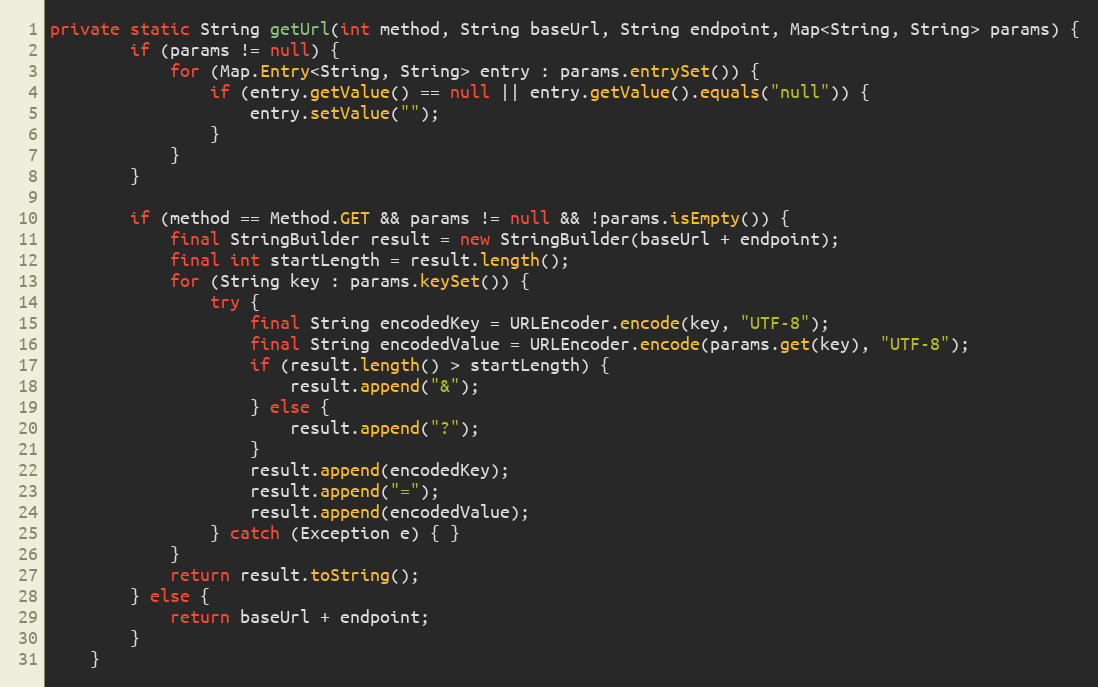
Language: Java
private static String getUrl(int method, String baseUrl, String endpoint, Map<String, String> params) {
		if (params != null) {
			for (Map.Entry<String, String> entry : params.entrySet()) {
				if (entry.getValue() == null || entry.getValue().equals("null")) {
					entry.setValue("");
				}
			}
		}

		if (method == Method.GET && params != null && !params.isEmpty()) {
			final StringBuilder result = new StringBuilder(baseUrl + endpoint);
			final int startLength = result.length();
			for (String key : params.keySet()) {
				try {
					final String encodedKey = URLEncoder.encode(key, "UTF-8");
					final String encodedValue = URLEncoder.encode(params.get(key), "UTF-8");
					if (result.length() > startLength) {
						result.append("&");
					} else {
						result.append("?");
					}
					result.append(encodedKey);
					result.append("=");
					result.append(encodedValue);
				} catch (Exception e) { }
			}
			return result.toString();
		} else {
			return baseUrl + endpoint;
		}
	}